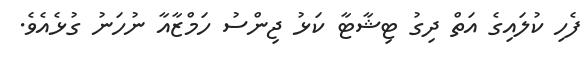
ފެހި ކުލައިގެ އަތް ދިގު ޓިޝާޓާ ކަޅު ޖިންސު ހަމްޒާއާ ނުހަނު ގުޅެއެވެ.